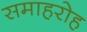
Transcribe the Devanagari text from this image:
समाहरोह